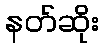
နတ်ဆိုး